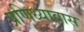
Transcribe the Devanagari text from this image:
प्रणिध्यावास